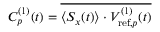
C _ { p } ^ { ( 1 ) } ( t ) = \overline { { \langle S _ { x } ( t ) \rangle \cdot V _ { \mathrm { r e f } , p } ^ { ( 1 ) } ( t ) } }